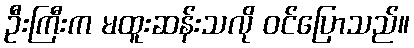
ဦးကြီးက မထူးဆန်းသလို ဝင်ပြောသည်။